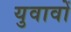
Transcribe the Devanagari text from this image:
युवावों